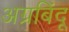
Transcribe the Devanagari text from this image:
अग्रबिंदू